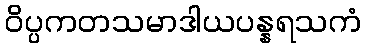
ဝိပ္ပကတသမာဒါယပန္နရသကံ